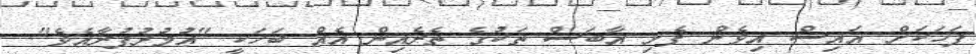
ފަހަކަށް އައިސް އިވެން ފެށި އާބަސް ތަކުގެ ތެރެއިން އެއް ބަހަކީ "ޢުމުރުފުރާއެވެ".